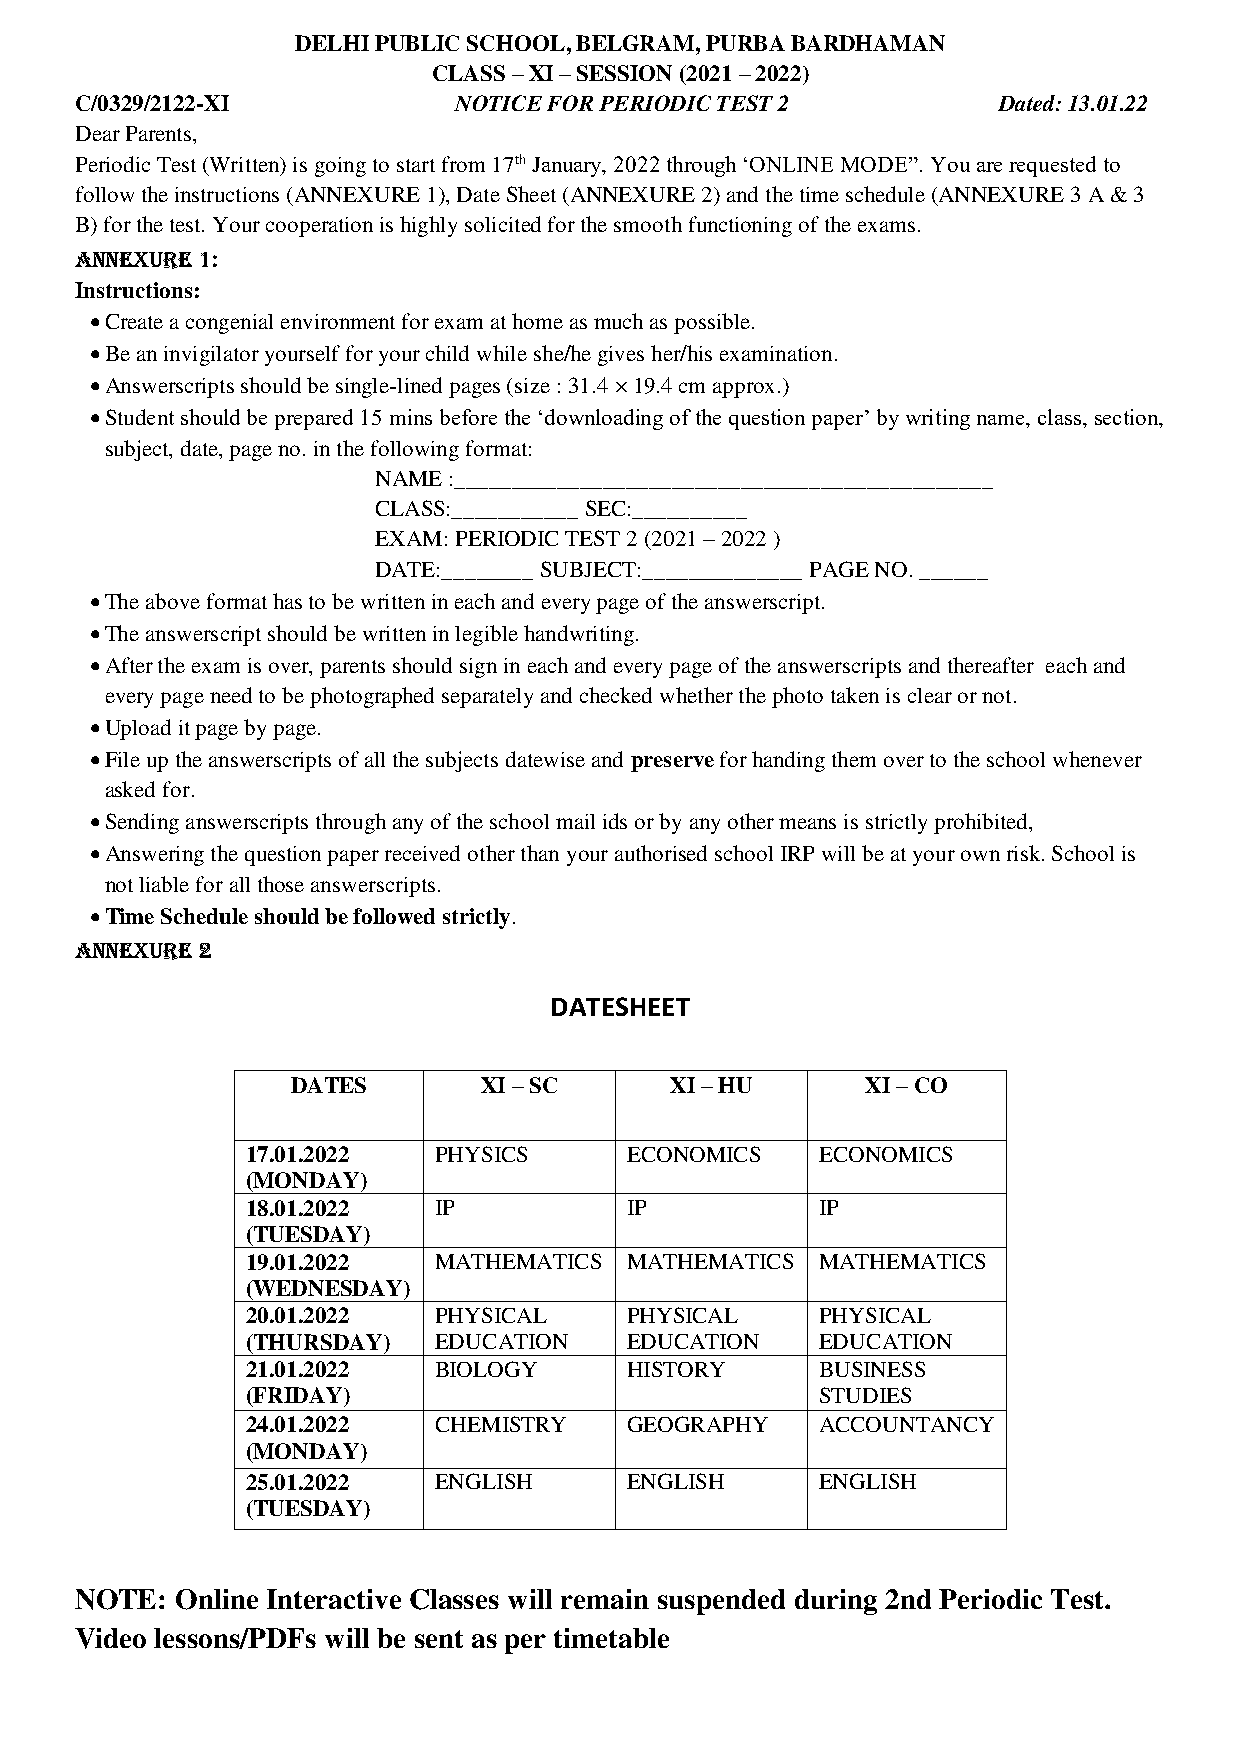
DELHI PUBLIC SCHOOL, BELGRAM, PURBA BARDHAMAN
 CLASS – XI – SESSION (2021 – 2022)
 C/0329/2122-XI           NOTICE FOR PERIODIC TEST 2          Dated: 13.01.22
 Dear Parents,
 Periodic Test (Written) is going to start from 17th January, 2022 through ‘ONLINE MODE”. You are requested to
 follow the instructions (ANNEXURE 1), Date Sheet (ANNEXURE 2) and the time schedule (ANNEXURE 3 A & 3
 B) for the test. Your cooperation is highly solicited for the smooth functioning of the exams.
 ANNEXURE 1:
 Instructions:
  Create a congenial environment for exam at home as much as possible.
  Be an invigilator yourself for your child while she/he gives her/his examination.
  Answerscripts should be single-lined pages (size : 31.4 × 19.4 cm approx.)
  Student should be prepared 15 mins before the ‘downloading of the question paper’ by writing name, class, section,
 subject, date, page no. in the following format:
 NAME :_______________________________________________
 CLASS:___________ SEC:__________
 EXAM: PERIODIC TEST 2 (2021 – 2022 )
 DATE:________ SUBJECT:______________ PAGE NO. ______
  The above format has to be written in each and every page of the answerscript.
  The answerscript should be written in legible handwriting.
  After the exam is over, parents should sign in each and every page of the answerscripts and thereafter each and
 every page need to be photographed separately and checked whether the photo taken is clear or not.
  Upload it page by page.
  File up the answerscripts of all the subjects datewise and preserve for handing them over to the school whenever
 asked for.
  Sending answerscripts through any of the school mail ids or by any other means is strictly prohibited,
  Answering the question paper received other than your authorised school IRP will be at your own risk. School is
 not liable for all those answerscripts.
  Time Schedule should be followed strictly.
 ANNEXURE 2
 DATESHEET
 DATES        XI – SC     XI – HU      XI – CO
 17.01.2022   PHYSICS     ECONOMICS    ECONOMICS
 (MONDAY)
 18.01.2022   IP          IP           IP
 (TUESDAY)
 19.01.2022   MATHEMATICS MATHEMATICS  MATHEMATICS
 (WEDNESDAY)
 20.01.2022   PHYSICAL    PHYSICAL     PHYSICAL
 (THURSDAY)   EDUCATION   EDUCATION    EDUCATION
 21.01.2022   BIOLOGY     HISTORY      BUSINESS
 (FRIDAY)                              STUDIES
 24.01.2022   CHEMISTRY   GEOGRAPHY    ACCOUNTANCY
 (MONDAY)
 25.01.2022   ENGLISH     ENGLISH      ENGLISH
 (TUESDAY)
 NOTE:  Online Interactive Classes will remain suspended during 2nd Periodic Test.
 Video lessons/PDFs will be sent as per timetable